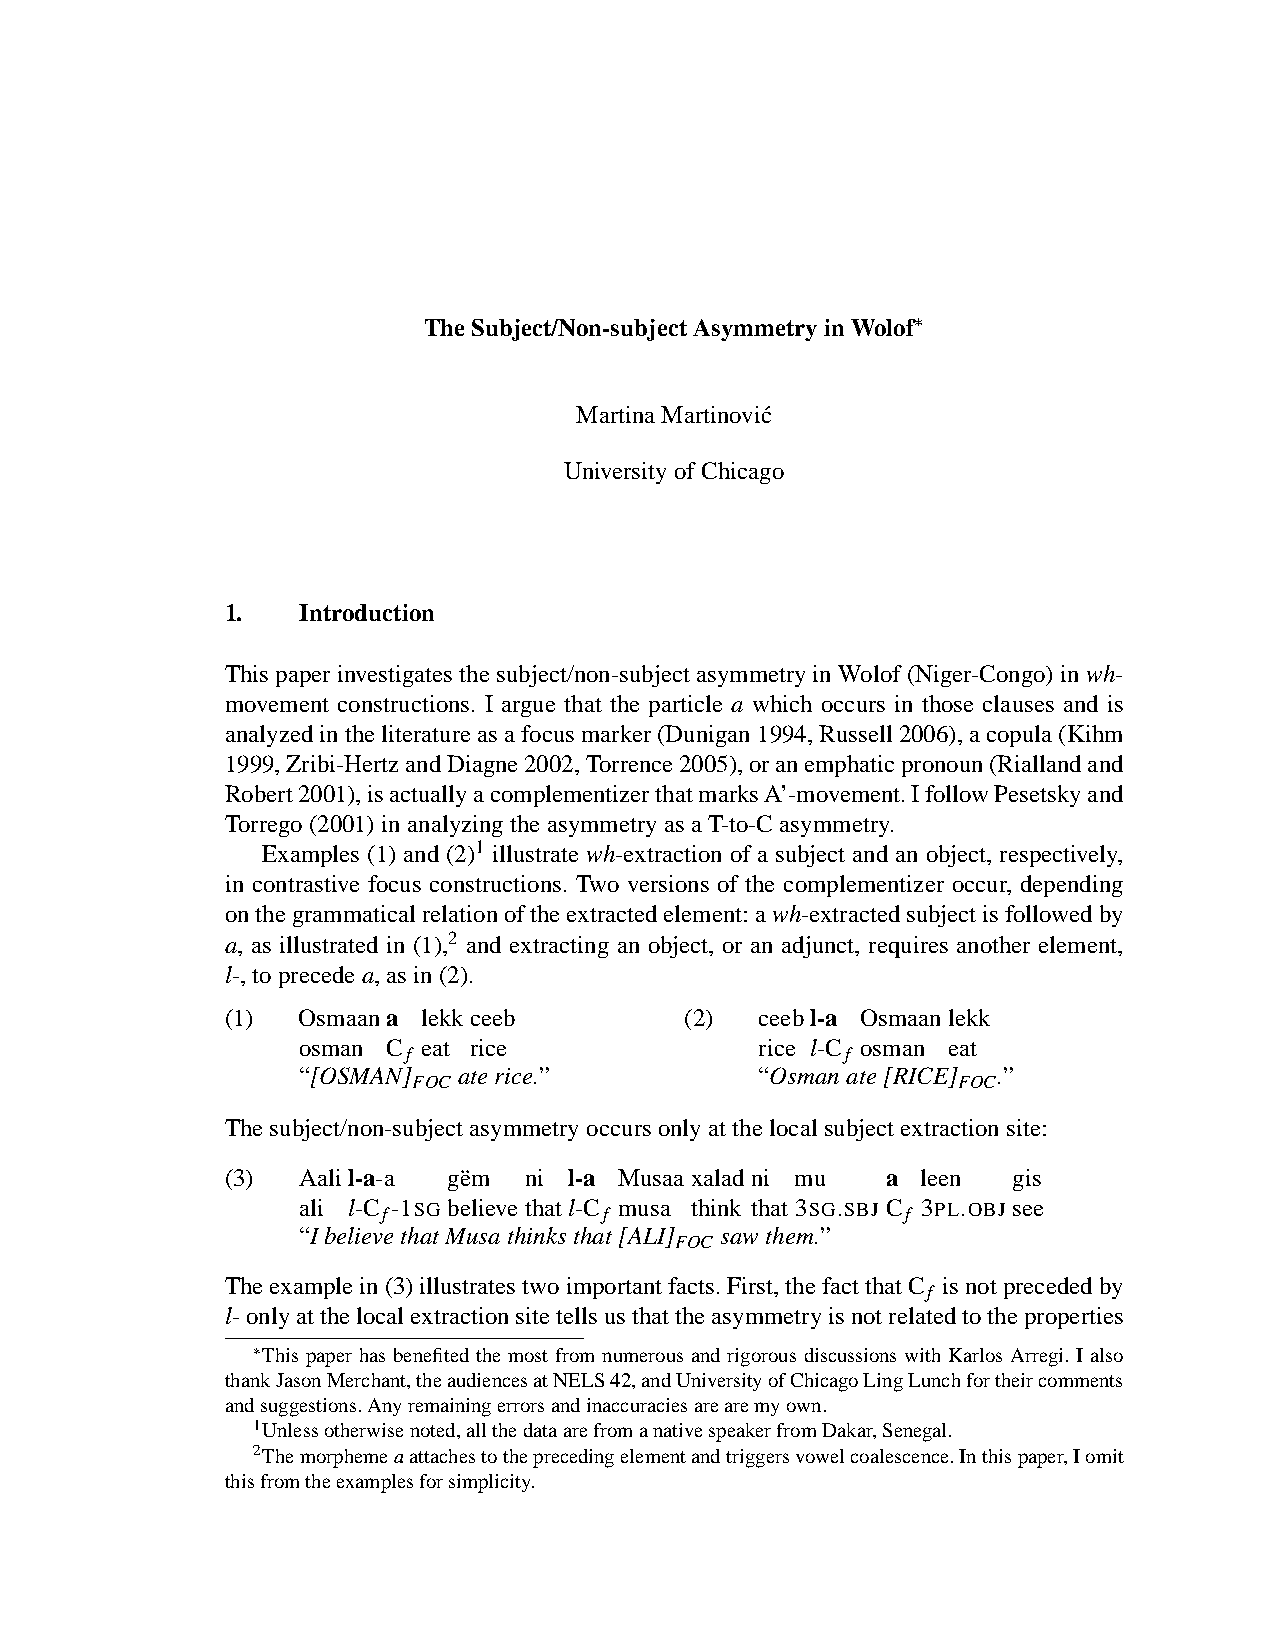
∗
 TheSubject/Non-subjectAsymmetryinWolof
 MartinaMartinovic´
 UniversityofChicago
 1.   Introduction
 This paper investigates the subject/non-subject asymmetry in Wolof (Niger-Congo) in wh-
 movement constructions. I argue that the particle a which occurs in those clauses and is
 analyzedintheliteratureasafocusmarker(Dunigan1994,Russell2006),acopula(Kihm
 1999,Zribi-HertzandDiagne2002,Torrence2005),oranemphaticpronoun(Riallandand
 Robert2001),isactuallyacomplementizerthatmarksA’-movement.IfollowPesetskyand
 Torrego(2001)inanalyzingtheasymmetryasaT-to-Casymmetry.
 Examples (1) and (2)1 illustrate wh-extraction of a subject and an object, respectively,
 in contrastive focus constructions. Two versions of the complementizer occur, depending
 onthegrammaticalrelationoftheextractedelement:awh-extractedsubjectisfollowedby
 a, as illustrated in (1),2 and extracting an object, or an adjunct, requires another element,
 l-,toprecedea,asin(2).
 (1)  Osmaana lekkceeb         (2)  ceebl-a Osmaanlekk
 osman C eat rice              rice l-C osman eat
 f                            f
 “[OSMAN]  aterice.”           “Osmanate[RICE] .”
 FOC                                 FOC
 Thesubject/non-subjectasymmetryoccursonlyatthelocalsubjectextraction site:
 (3)  Aalil-a-a ge¨m ni l-a Musaaxaladni mu  a leen  gis
 ali l-C f-1SG believethatl-C
 f
 musa think that 3SG.SBJ C
 f
 3PL.OBJ see
 “IbelievethatMusathinksthat[ALI] sawthem.”
 FOC
 Theexamplein(3)illustratestwoimportantfacts.First,thefactthatC isnotprecededby
 f
 l-onlyatthelocalextractionsitetellsusthattheasymmetryisnotrelatedtotheproperties
 ∗
 This paper has benefited the most from numerous and rigorous discussions with Karlos Arregi. I also
 thankJasonMerchant,theaudiencesatNELS42,andUniversityofChicagoLingLunchfortheircomments
 andsuggestions.Anyremainingerrorsandinaccuraciesarearemyown.
 1Unlessotherwisenoted,allthedataarefromanativespeakerfromDakar,Senegal.
 2Themorphemeaattachestotheprecedingelementandtriggersvowelcoalescence.Inthispaper,Iomit
 thisfromtheexamplesforsimplicity.